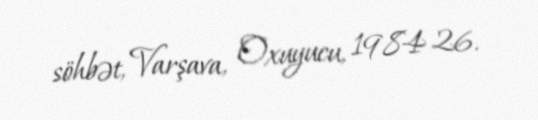
söhbət, Varşava, Oxuyucu, 1984 26.